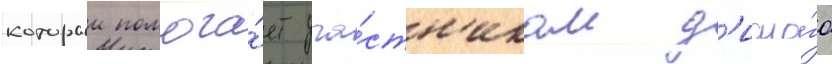
которыи помога́ет уча́стн'икам д'иало́га